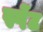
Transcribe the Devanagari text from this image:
स्पेंट